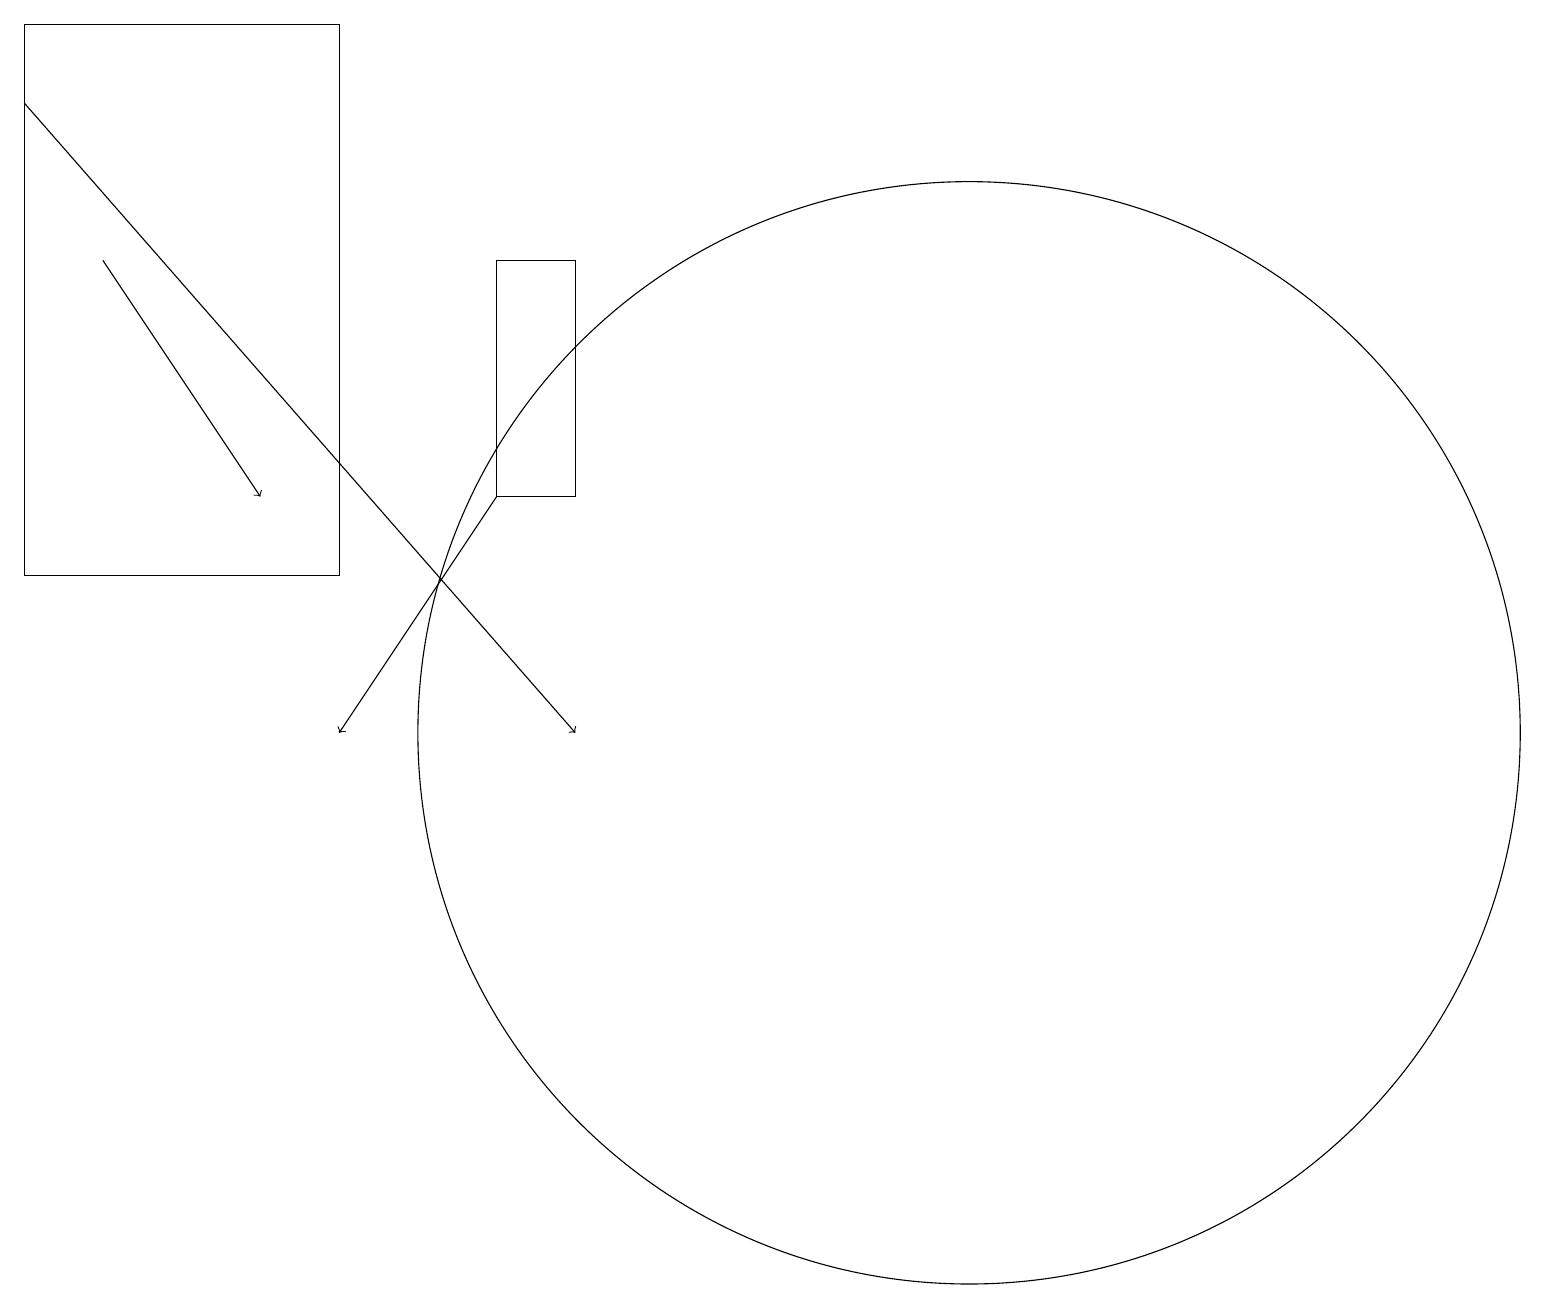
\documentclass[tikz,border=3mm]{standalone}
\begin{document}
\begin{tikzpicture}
\draw[->] (6,13) -- (4,10);
\draw[->] (0,18) -- (7,10);
\draw (4,19) rectangle (0,12);
\draw (12,10) circle (7);
\draw (6,13) rectangle (7,16);
\draw[->] (1,16) -- (3,13);
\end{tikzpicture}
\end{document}